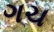
ગચ